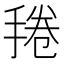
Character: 𱠔